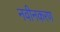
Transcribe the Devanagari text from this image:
नवीनकरण